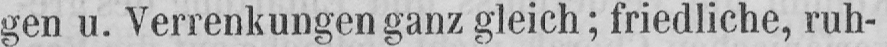
gen u. Verrenkungen ganz gleich; friedliche, ruh-